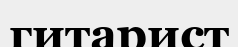
гитарист